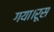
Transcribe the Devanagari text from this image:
गया।रूस